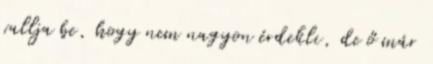
vallja be, hogy nem nagyon érdekli, de ő már